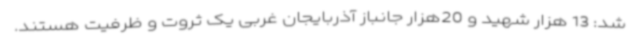
شد: 13 هزار شهید و 20هزار جانباز آذربایجان غربی یک ثروت و ظرفیت هستند.